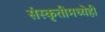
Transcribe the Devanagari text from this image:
संस्कृतीमध्येही